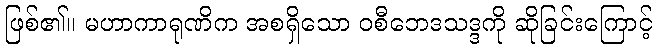
ဖြစ်၏။ မဟာကာရုဏိက အစရှိသော ဝစီဘေဒသဒ္ဒကို ဆိုခြင်းကြောင့်